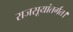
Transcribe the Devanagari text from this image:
राजसूयांतर्गत।